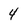
Character: 4